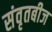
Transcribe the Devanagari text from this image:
संवृतबीज